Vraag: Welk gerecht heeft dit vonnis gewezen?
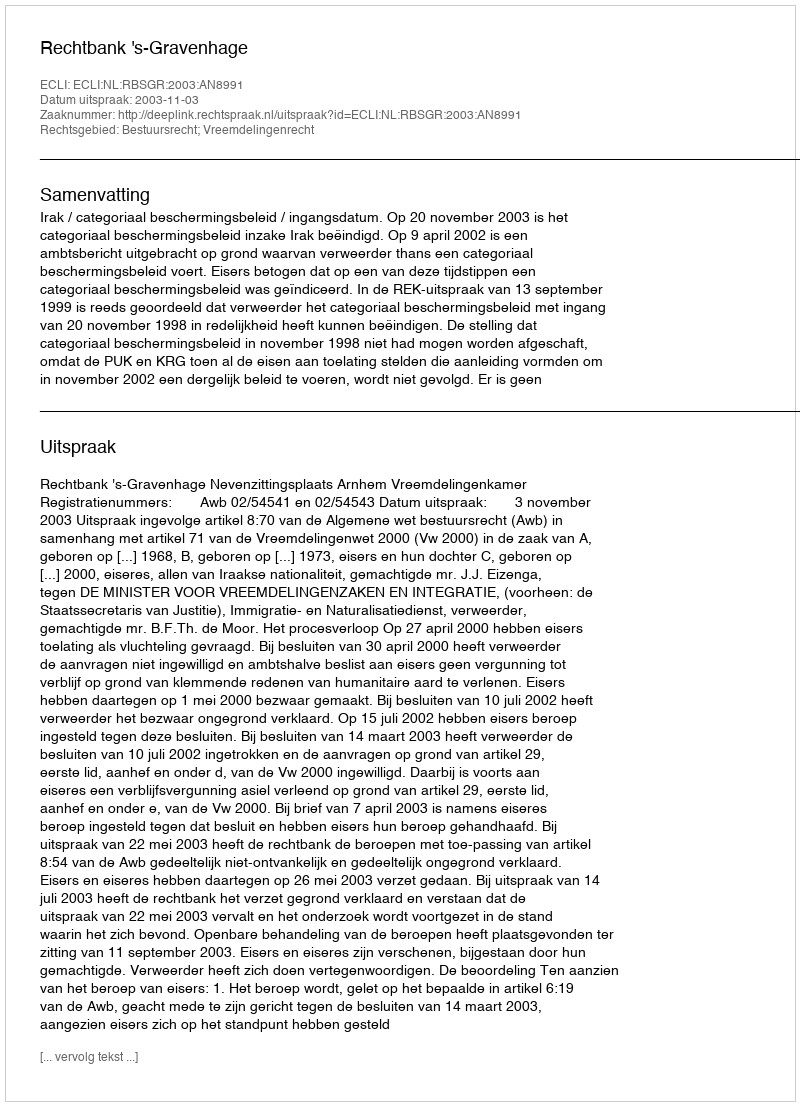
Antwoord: Rechtbank 's-Gravenhage